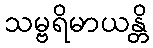
သမ္ဗရိမာယန္တိ